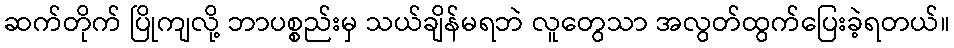
ဆက်တိုက် ပြိုကျလို့ ဘာပစ္စည်းမှ သယ်ချိန်မရဘဲ လူတွေသာ အလွတ်ထွက်ပြေးခဲ့ရတယ်။